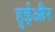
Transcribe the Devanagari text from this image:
हुईऔर